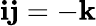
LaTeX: \mathbf{i}\mathbf{j}=-\mathbf{k}